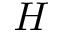
H